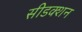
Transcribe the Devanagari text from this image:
सीडक्शन